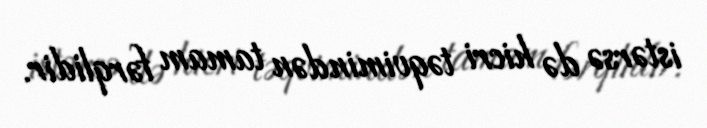
istərsə də hicri təqvimindən tamam fərqlidir.